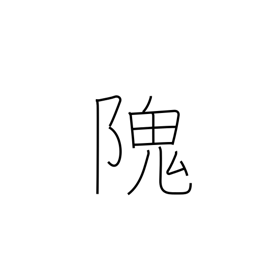
Meaning: steep